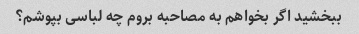
ببخشید اگر بخواهم به مصاحبه بروم چه لباسی بپوشم؟